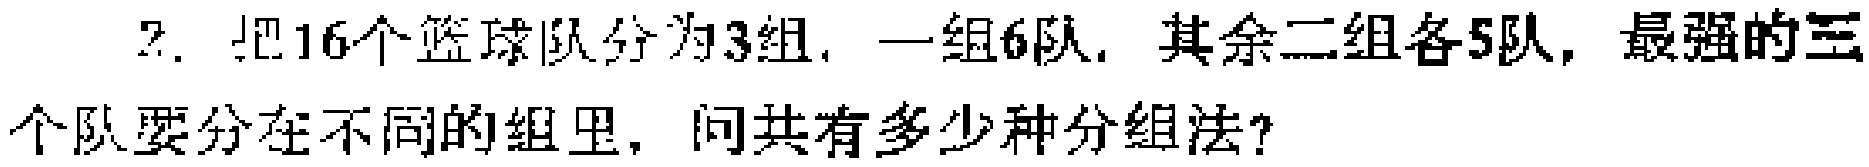
2. 把16个篮球队分为3组，一组6队，其余二组各5队，最强的三个队要分在不同的组里，问共有多少种分组法？